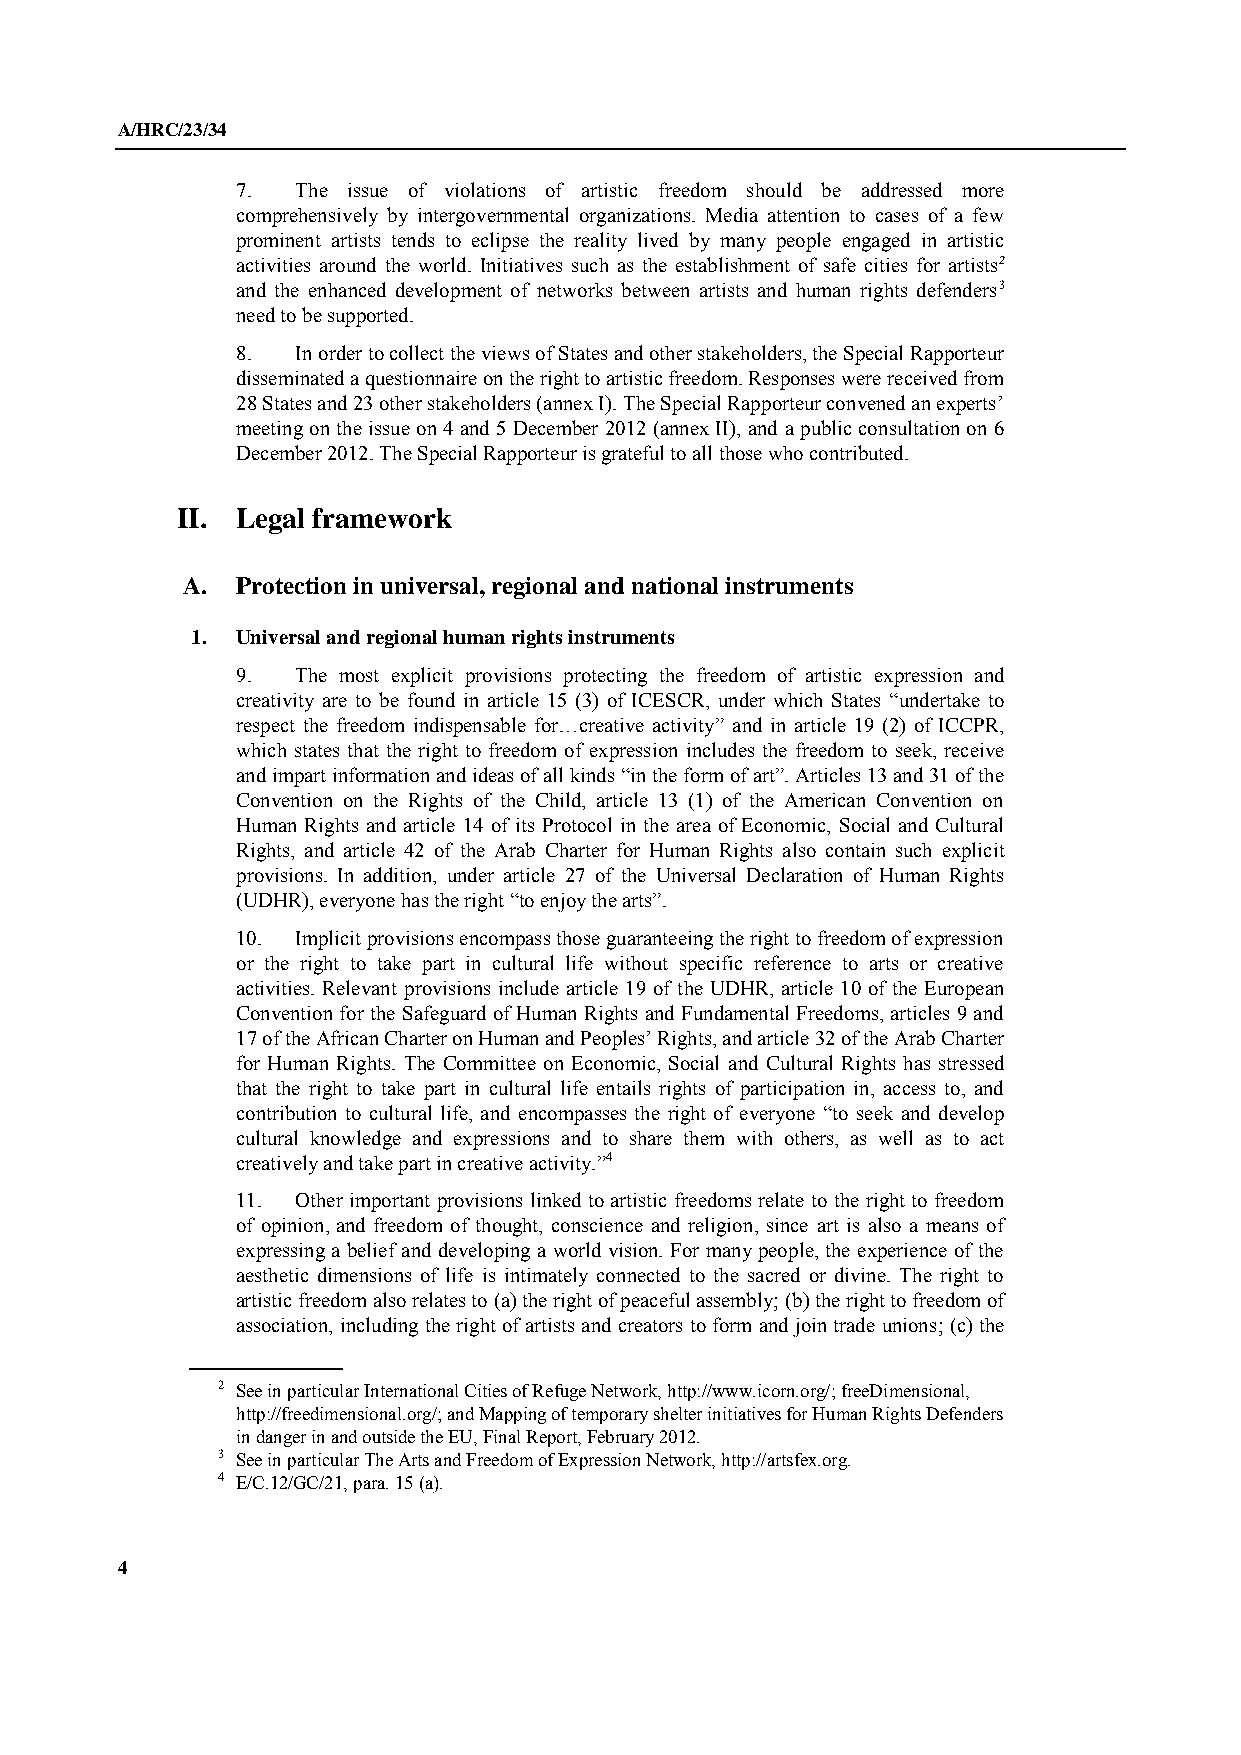
A/HRC/23/34
 7.  The issue of violations of artistic freedom should be addressed more
 comprehensively by intergovernmental organizations. Media attention to cases of a few
 prominent artists tends to eclipse the reality lived by many people engaged in artistic
 activities around the world. Initiatives such as the establishment of safe cities for artists2
 and the enhanced development of networks between artists and human rights defenders3
 need to be supported.
 8.  In order to collect the views of States and other stakeholders, the Special Rapporteur
 disseminated a questionnaire on the right to artistic freedom. Responses were received from
 28 States and 23 other stakeholders (annex I). The Special Rapporteur convened an experts’
 meeting on the issue on 4 and 5 December 2012 (annex II), and a public consultation on 6
 December 2012. The Special Rapporteur is grateful to all those who contributed.
 II. Legal framework
 A.  Protection in universal, regional and national instruments
 1. Universal and regional human rights instruments
 9.  The most explicit provisions protecting the freedom of artistic expression and
 creativity are to be found in article 15 (3) of ICESCR, under which States “undertake to
 respect the freedom indispensable for…creative activity” and in article 19 (2) of ICCPR,
 which states that the right to freedom of expression includes the freedom to seek, receive
 and impart information and ideas of all kinds “in the form of art”. Articles 13 and 31 of the
 Convention on the Rights of the Child, article 13 (1) of the American Convention on
 Human Rights and article 14 of its Protocol in the area of Economic, Social and Cultural
 Rights, and article 42 of the Arab Charter for Human Rights also contain such explicit
 provisions. In addition, under article 27 of the Universal Declaration of Human Rights
 (UDHR), everyone has the right “to enjoy the arts”.
 10. Implicit provisions encompass those guaranteeing the right to freedom of expression
 or the right to take part in cultural life without specific reference to arts or creative
 activities. Relevant provisions include article 19 of the UDHR, article 10 of the European
 Convention for the Safeguard of Human Rights and Fundamental Freedoms, articles 9 and
 17 of the African Charter on Human and Peoples’ Rights, and article 32 of the Arab Charter
 for Human Rights. The Committee on Economic, Social and Cultural Rights has stressed
 that the right to take part in cultural life entails rights of participation in, access to, and
 contribution to cultural life, and encompasses the right of everyone “to seek and develop
 cultural knowledge and expressions and to share them with others, as well as to act
 creatively and take part in creative activity.”4
 11. Other important provisions linked to artistic freedoms relate to the right to freedom
 of opinion, and freedom of thought, conscience and religion, since art is also a means of
 expressing a belief and developing a world vision. For many people, the experience of the
 aesthetic dimensions of life is intimately connected to the sacred or divine. The right to
 artistic freedom also relates to (a) the right of peaceful assembly; (b) the right to freedom of
 association, including the right of artists and creators to form and join trade unions; (c) the
 2 See in particular International Cities of Refuge Network, http://www.icorn.org/; freeDimensional,
 http://freedimensional.org/; and Mapping of temporary shelter initiatives for Human Rights Defenders
 in danger in and outside the EU, Final Report, February 2012.
 3 See in particular The Arts and Freedom of Expression Network, http://artsfex.org.
 4 E/C.12/GC/21, para. 15 (a).
 4